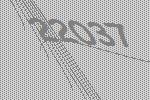
22037